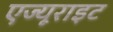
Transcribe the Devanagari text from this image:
एज्यूराइट